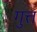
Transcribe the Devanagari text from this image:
गुत्त